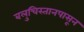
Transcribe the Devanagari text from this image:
बलुचिस्तानपासून